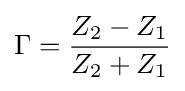
\Gamma ={\frac {Z_{2}-Z_{1}}{Z_{2}+Z_{1}}}